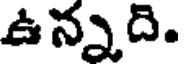
ఉన్నది.